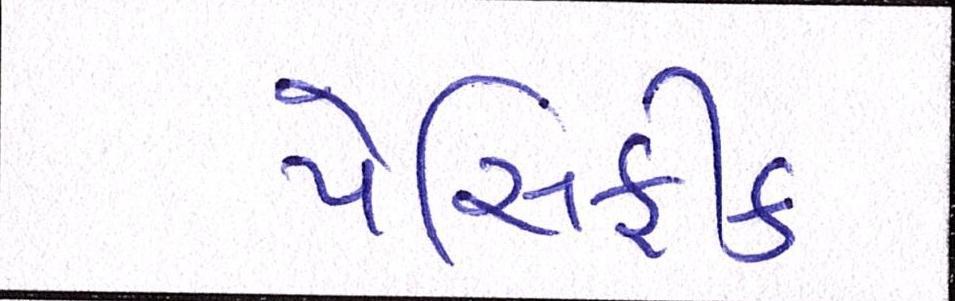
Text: પેસિફીક